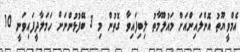
އެމްވީޔޫތު އޮންލައިންއަށް މައުލޫމާތު ލިބިފައިވާ ގޮތުން މި 3 ބޭފުޅުންނަށް ހަމަލާދީފައިވަނީ 10